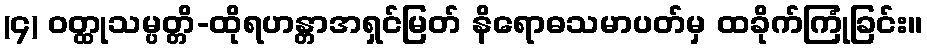
(၄) ဝတ္ထုသမ္ပတ္တိ-ထိုရဟန္တာအရှင်မြတ် နိရောဓသမာပတ်မှ ထခိုက်ကြုံခြင်း။